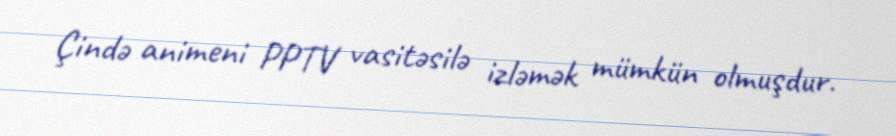
Çində animeni PPTV vasitəsilə izləmək mümkün olmuşdur.